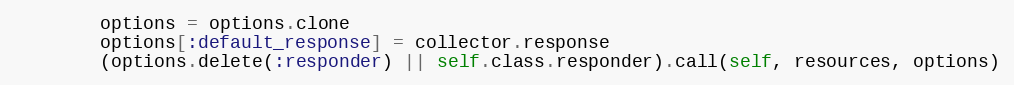
Language: Ruby
        options = options.clone
        options[:default_response] = collector.response
        (options.delete(:responder) || self.class.responder).call(self, resources, options)